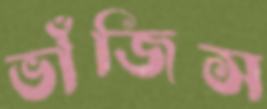
ভাঁজিস